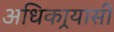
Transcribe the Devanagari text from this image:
अधिकार्‍यासी